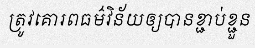
ត្រូវគោរពធម៌វិន័យឲ្យបានខ្ជាប់ខ្ជួន